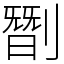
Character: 㔆